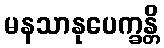
မနသာနုပေက္ခန္တိ